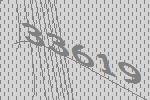
33619